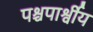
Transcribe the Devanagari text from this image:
पश्चपार्श्वीय